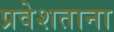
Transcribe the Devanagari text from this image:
प्रवेशताना